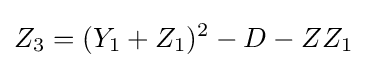
Z_{3}=(Y_{1}+Z_{1})^{2}-D-ZZ_{1}